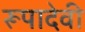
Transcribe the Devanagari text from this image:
रूपादेवी